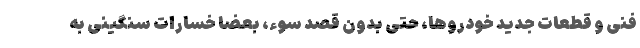
فنی و قطعات جدید خودروها، حتی بدون قصد سوء، بعضا خسارات سنگینی به